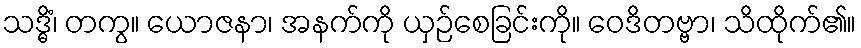
သဒ္ဓိံ၊ တကွ။ ယောဇနာ၊ အနက်ကို ယှဉ်စေခြင်းကို။ ဝေဒိတဗ္ဗာ၊ သိထိုက်၏။